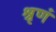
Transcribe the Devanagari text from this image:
श्रृणं